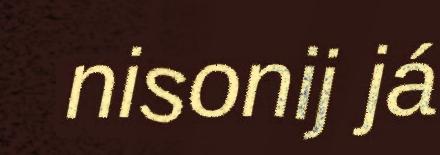
nisonij já